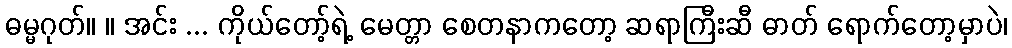
ဓမ္မဂုတ်။ ။ အင်း ... ကိုယ်တော့်ရဲ့ မေတ္တာ စေတနာကတော့ ဆရာကြီးဆီ ဓာတ် ရောက်တော့မှာပဲ၊